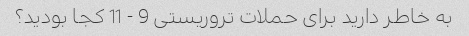
به خاطر دارید برای حملات تروریستی 9 - 11 کجا بودید؟